Insane asylums in Bengal annual reports 1867-1875 - 1867-1875
Year: 1867
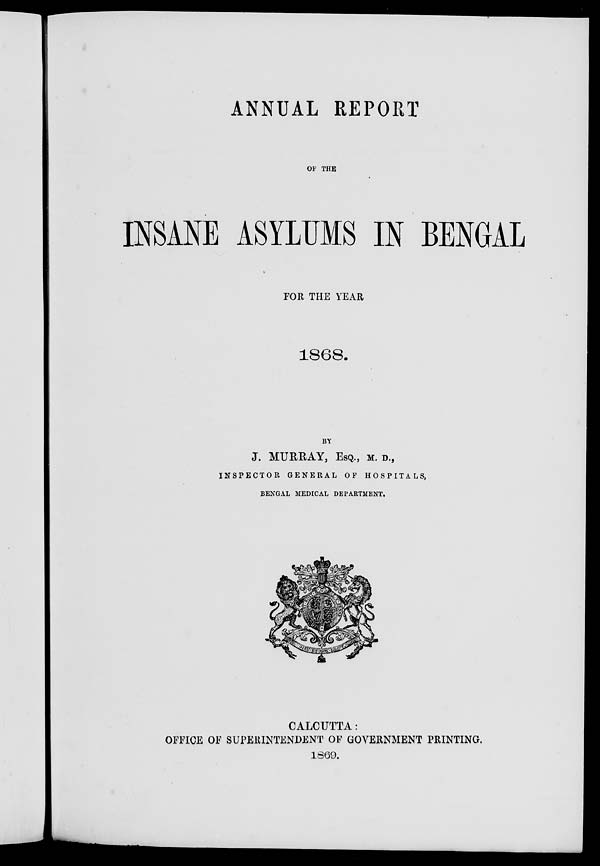
ANNUAL REPORT
OF THE
INSANE ASYLUMS IN BENGAL
FOR THE YEAR
1868.
BY
J. MURRAY, ESQ., M. D.,
INSPECTOR GENERAL OF HOSPITALS,
BENGAL MEDICAL DEPARTMENT.
CALCUTTA:
OFFICE OF SUPERINTENDENT OF GOVERNMENT PRINTING.
1869.